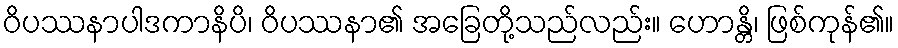
ဝိပဿနာပါဒကာနိပိ၊ ဝိပဿနာ၏ အခြေတို့သည်လည်း။ ဟောန္တိ၊ ဖြစ်ကုန်၏။